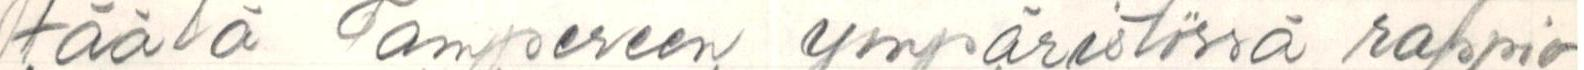
täälä Tampereen ympäristössä rappio-